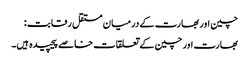
چین اور بھارت کے درمیان مستقل رقابت:
بھارت اور چین کے تعلقات خاصے پیچیدہ ہیں۔